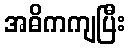
အဓိကကျပြီး